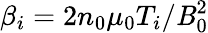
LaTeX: \beta_{i}=2n_{0}\mu_{0}T_{i}/\mathit{B}_{0}^{2}